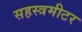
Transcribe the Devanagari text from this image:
सहस्त्रमीटर